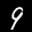
Label: 9